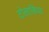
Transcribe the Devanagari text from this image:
टोलाकिया